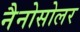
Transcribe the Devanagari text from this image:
नैनोसोलर